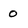
Character: 0